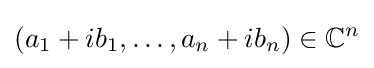
\left(a_{1}+ib_{1},\ldots ,a_{n}+ib_{n}\right)\in \mathbb {C} ^{n}